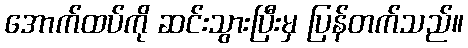
အောက်ထပ်ကို ဆင်းသွားပြီးမှ ပြန်တက်သည်။